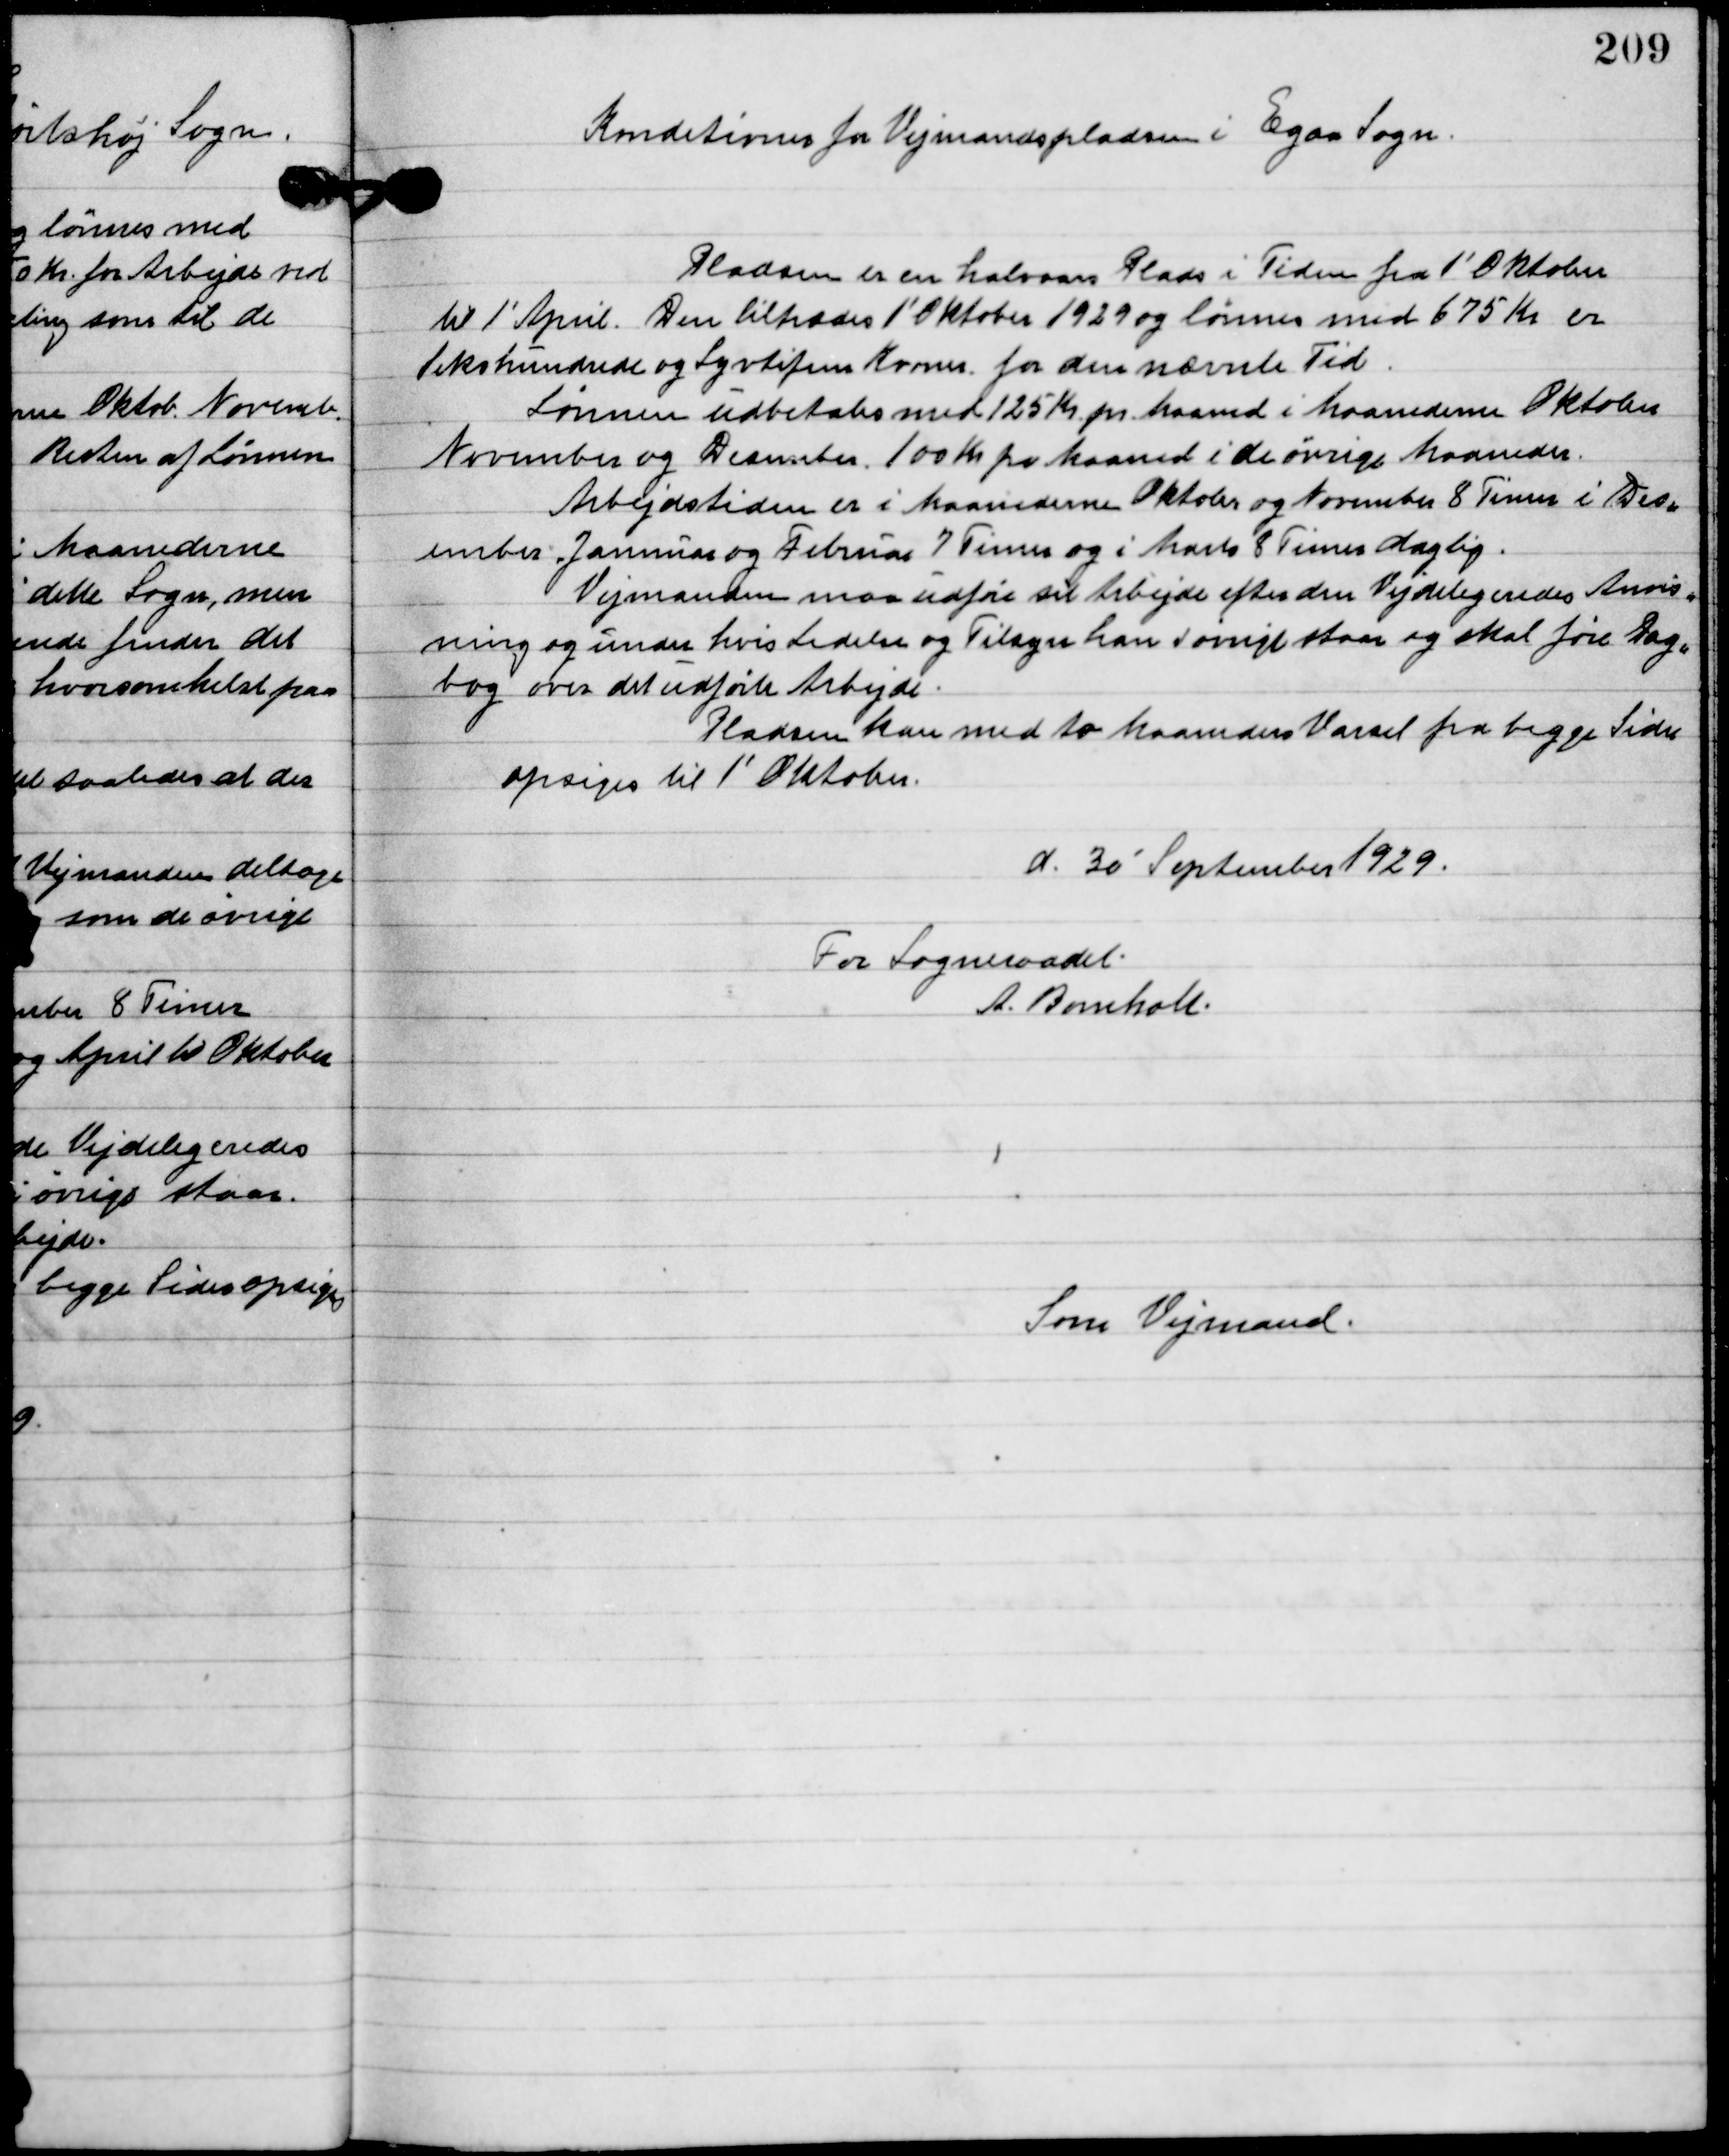
Transskription:
Konditionens for Vejmandspladsen i Egaa Sogn.

Pladsen er en halvaars Plads i Tiden fra 1´ Oktober
Til 1´ April. Den tiltrædes 1´Oktober 1929 og lønnes med 675 Kr. er
Viks hundrede og Syvhundrede Kroner. For den nævnte Tid.
Lønnen udbetales med 125 Kr. pr. Maaned i Maanederne Oktober
November og December. 100 Kr. for Maaned i de øvrige Maaneder.
Arbejdstiden er i Maanederne Oktober og November 8 Timer i Decem-
ber Januar og Februar 7 Timer og i Marts 8 Timer daglig.
Vejmanden maa udføre sit Arbejde efter den Vejdelegeredes Anvis-
ning og under hvis Ledelse og Tilsyn han i øvrigt stoes og skal føre Dag-
bog over det udførte Arbejde.
Pladsen kan med to Maaneders Varsel fra bege Sider
opsiges til 1´  Oktober
d. 30´ September 1929
For Sogneraadet:
A. Bomholt.

Som Vejmand.